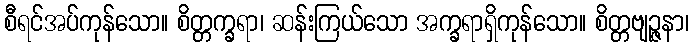
စီရင်အပ်ကုန်သော။ စိတ္တက္ခရာ၊ ဆန်းကြယ်သော အက္ခရာရှိကုန်သော။ စိတ္တဗျဉ္ဇနာ၊